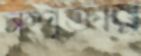
সম্পৃক্তার